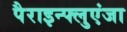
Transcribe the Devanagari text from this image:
पैराइन्फ्लुएंजा